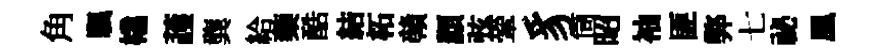
角颿橇䕶龔給蔾酷結柘贛纇弦鞏豸筒昭袖匪弊七祕凰